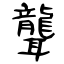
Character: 聾